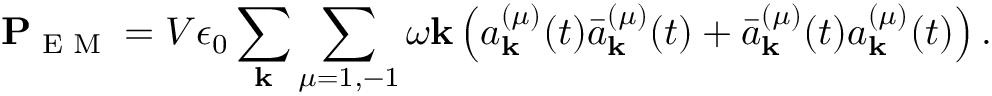
\mathbf { P } _ { \textrm { E M } } = V \epsilon _ { 0 } \sum _ { \mathbf { k } } \sum _ { \mu = 1 , - 1 } \omega \mathbf { k } \left( a _ { \mathbf { k } } ^ { ( \mu ) } ( t ) { \bar { a } } _ { \mathbf { k } } ^ { ( \mu ) } ( t ) + { \bar { a } } _ { \mathbf { k } } ^ { ( \mu ) } ( t ) a _ { \mathbf { k } } ^ { ( \mu ) } ( t ) \right) .